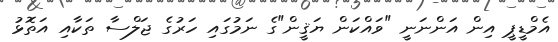
އެމްޑީޕީ އިން އަންނަނީ "ވައްކަން ޔަޤީން"ގެ ނަމުގައި ހަރުގެ ޖަލްސާ ތަކާއި އަތޮޅު